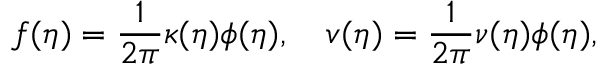
f ( \eta ) = \frac { 1 } { 2 \pi } \kappa ( \eta ) \phi ( \eta ) , \quad v ( \eta ) = \frac { 1 } { 2 \pi } \nu ( \eta ) \phi ( \eta ) ,